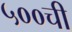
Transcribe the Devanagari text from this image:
५००ची